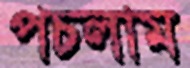
পচলাম